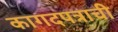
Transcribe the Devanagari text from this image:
कागदपत्राची